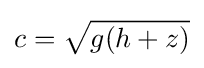
c={\sqrt {g(h+z)}}